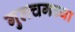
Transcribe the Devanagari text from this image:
गुलचगच्या